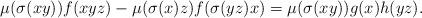
LaTeX: \begin{align*}\mu(\sigma(xy))f(xyz)-\mu(\sigma(x)z)f(\sigma(yz)x)=\mu(\sigma(xy))g(x)h(yz).\end{align*}